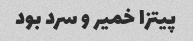
پیتزا خمیر و سرد بود